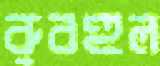
রুবহুল